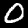
Label: 0